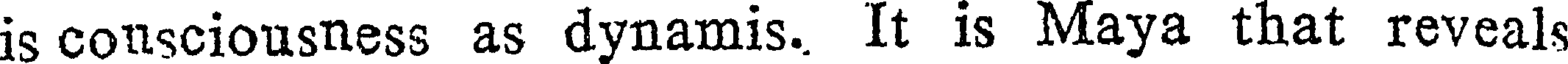
is consciousness as dynamis. It is Maya that reveals